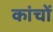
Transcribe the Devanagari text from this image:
कांचों